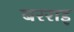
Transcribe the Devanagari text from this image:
बरराइ